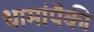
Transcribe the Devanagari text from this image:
धामांपैकी